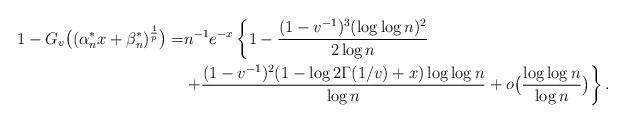
LaTeX: \begin{align*}1-G_v\big((\alpha^*_nx+\beta^*_n)^{\frac{1}{p}}\big)=&n^{-1}e^{-x}\left\{1-\frac{(1-v^{-1})^3(\log\log n)^{2}}{2\log n}\right.\\&\left.+\frac{(1-v^{-1})^{2}(1-\log 2\Gamma({1}/{v}) +x)\log\log n}{\log n}+o\big(\frac{\log\log n}{\log n}\big)\right\}.\end{align*}